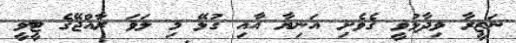
ނަޒީރާ ވިދާޅުވީ ގެވެށި އަނިޔާ އާއި ގުޅޭ މި ލަވަ ރާއްޖޭގެ ޓީވީ